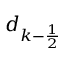
d _ { k - \frac 1 2 }